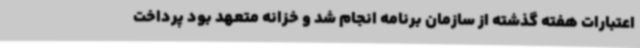
اعتبارات هفته گذشته از سازمان برنامه انجام شد و خزانه متعهد بود پرداخت